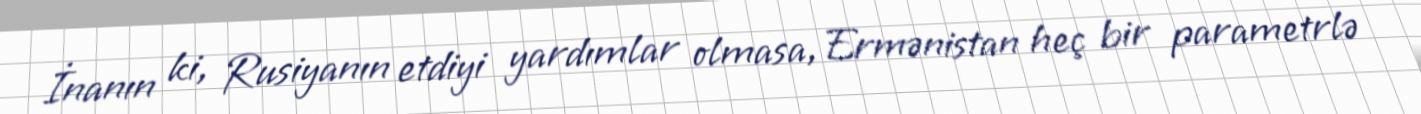
İnanın ki, Rusiyanın etdiyi yardımlar olmasa, Ermənistan heç bir parametrlə